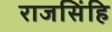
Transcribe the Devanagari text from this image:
राजसिंहि